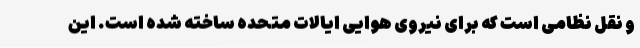
و نقل نظامی است که برای نیروی هوایی ایالات متحده ساخته شده است. این